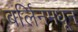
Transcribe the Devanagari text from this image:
बर्लिनमधून